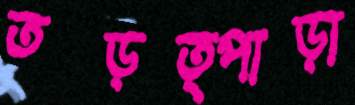
তড়ত্পাড়া